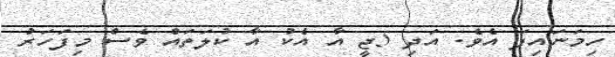
ހިމަނައިފަ އެވެ. އަދި 5ޖީ އާ އެކު އާ ކުލަތައް ވެސް މިފަހަރު